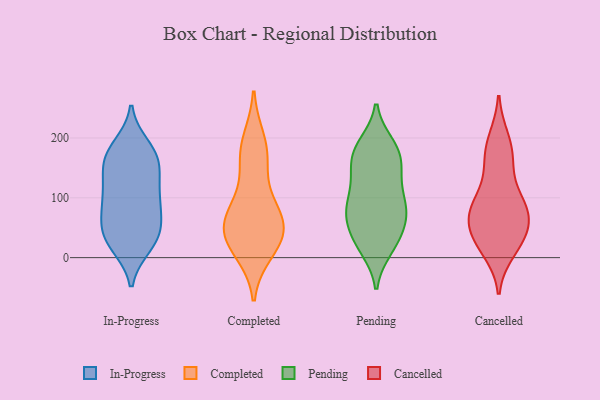
{"axis": {"x": "Demand Index", "y": "Value"}, "legend": ["Cancelled", "Completed", "In-Progress", "Pending"], "data": [{"x": "", "y": 106, "type": "In-Progress"}, {"x": "", "y": 20, "type": "In-Progress"}, {"x": "", "y": 37, "type": "In-Progress"}, {"x": "", "y": 182, "type": "In-Progress"}, {"x": "", "y": 63, "type": "In-Progress"}, {"x": "", "y": 97, "type": "In-Progress"}, {"x": "", "y": 61, "type": "In-Progress"}, {"x": "", "y": 186, "type": "In-Progress"}, {"x": "", "y": 43, "type": "In-Progress"}, {"x": "", "y": 161, "type": "In-Progress"}, {"x": "", "y": 104, "type": "In-Progress"}, {"x": "", "y": 72, "type": "In-Progress"}, {"x": "", "y": 25, "type": "In-Progress"}, {"x": "", "y": 109, "type": "In-Progress"}, {"x": "", "y": 23, "type": "In-Progress"}, {"x": "", "y": 168, "type": "In-Progress"}, {"x": "", "y": 153, "type": "In-Progress"}, {"x": "", "y": 164, "type": "In-Progress"}, {"x": "", "y": 137, "type": "In-Progress"}, {"x": "", "y": 29, "type": "Completed"}, {"x": "", "y": 87, "type": "Completed"}, {"x": "", "y": 59, "type": "Completed"}, {"x": "", "y": 82, "type": "Completed"}, {"x": "", "y": 54, "type": "Completed"}, {"x": "", "y": 40, "type": "Completed"}, {"x": "", "y": 194, "type": "Completed"}, {"x": "", "y": 33, "type": "Completed"}, {"x": "", "y": 12, "type": "Completed"}, {"x": "", "y": 163, "type": "Completed"}, {"x": "", "y": 173, "type": "Completed"}, {"x": "", "y": 138, "type": "Pending"}, {"x": "", "y": 91, "type": "Pending"}, {"x": "", "y": 70, "type": "Pending"}, {"x": "", "y": 181, "type": "Pending"}, {"x": "", "y": 166, "type": "Pending"}, {"x": "", "y": 87, "type": "Pending"}, {"x": "", "y": 176, "type": "Pending"}, {"x": "", "y": 105, "type": "Pending"}, {"x": "", "y": 24, "type": "Pending"}, {"x": "", "y": 87, "type": "Pending"}, {"x": "", "y": 188, "type": "Pending"}, {"x": "", "y": 63, "type": "Pending"}, {"x": "", "y": 181, "type": "Pending"}, {"x": "", "y": 145, "type": "Pending"}, {"x": "", "y": 16, "type": "Pending"}, {"x": "", "y": 139, "type": "Pending"}, {"x": "", "y": 20, "type": "Pending"}, {"x": "", "y": 54, "type": "Pending"}, {"x": "", "y": 78, "type": "Pending"}, {"x": "", "y": 35, "type": "Pending"}, {"x": "", "y": 13, "type": "Cancelled"}, {"x": "", "y": 35, "type": "Cancelled"}, {"x": "", "y": 65, "type": "Cancelled"}, {"x": "", "y": 95, "type": "Cancelled"}, {"x": "", "y": 87, "type": "Cancelled"}, {"x": "", "y": 31, "type": "Cancelled"}, {"x": "", "y": 89, "type": "Cancelled"}, {"x": "", "y": 156, "type": "Cancelled"}, {"x": "", "y": 197, "type": "Cancelled"}, {"x": "", "y": 76, "type": "Cancelled"}, {"x": "", "y": 46, "type": "Cancelled"}, {"x": "", "y": 160, "type": "Cancelled"}, {"x": "", "y": 186, "type": "Cancelled"}, {"x": "", "y": 25, "type": "Cancelled"}, {"x": "", "y": 79, "type": "Cancelled"}]}